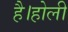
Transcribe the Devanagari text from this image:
है।होली